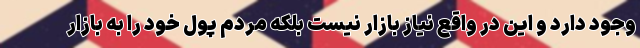
وجود دارد و این در واقع نیاز بازار نیست بلکه مردم پول خود را به بازار